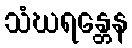
သံဃရန္တေန